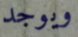
ويوجد